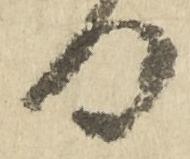
日